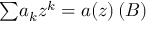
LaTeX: { \textstyle \sum } a _ { k } z ^ { k } = a ( z ) \, ( \boldsymbol B )